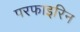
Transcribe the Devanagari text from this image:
परफाइरिन